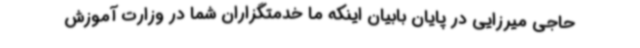
حاجی میرزایی در پایان بابیان اینکه ما خدمتگزاران شما در وزارت آموزش